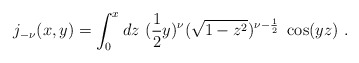
\begin{align*}j_{-\nu}(x,y) = \int_{0}^{x} dz \ (\frac{1}{2} y)^{\nu} ( \sqrt{1 - z^{2}})^{\nu - \frac{1}{2}}\ \cos(yz) \ .\end{align*}